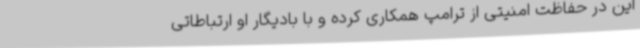
این در حفاظت امنیتی از ترامپ همکاری کرده و با بادیگار او ارتباطاتی